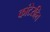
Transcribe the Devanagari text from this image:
कांटेरहित